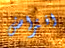
افتراض